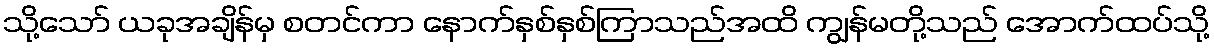
သို့သော် ယခုအချိန်မှ စတင်ကာ နောက်နှစ်နှစ်ကြာသည်အထိ ကျွန်မတို့သည် အောက်ထပ်သို့